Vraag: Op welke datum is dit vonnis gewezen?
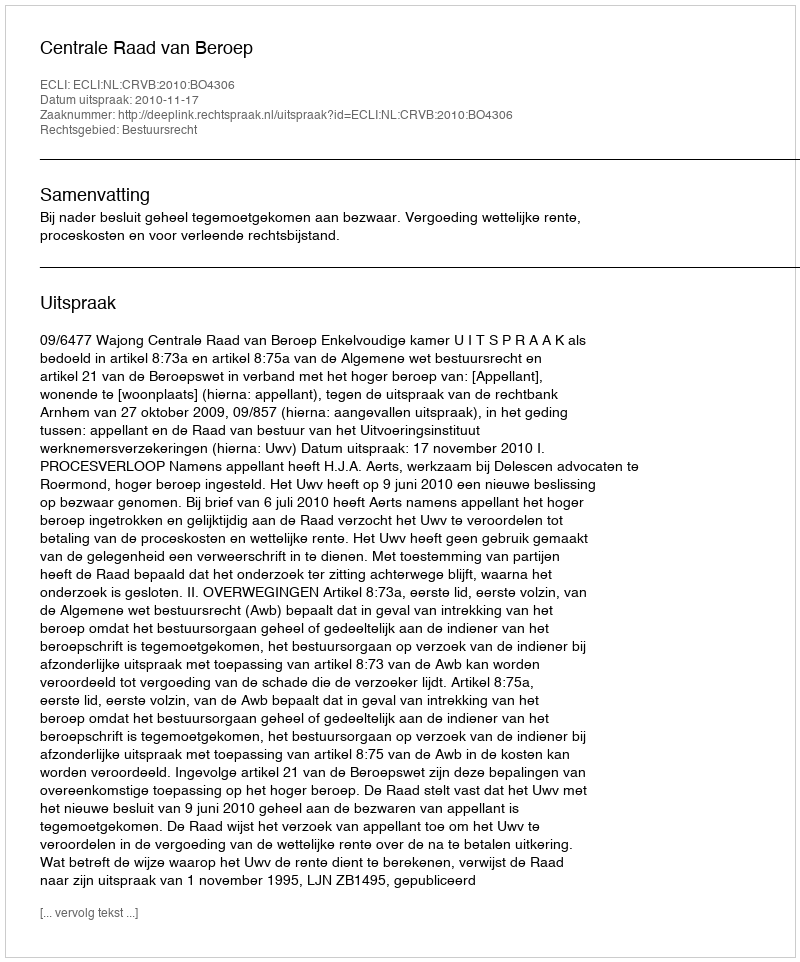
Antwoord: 2010-11-17